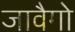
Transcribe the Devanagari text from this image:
जावैगो